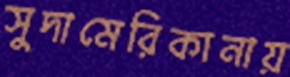
সুদামেরিকানায়